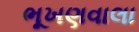
ભૂખણવાલા